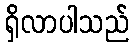
ရှိလာပါသည်